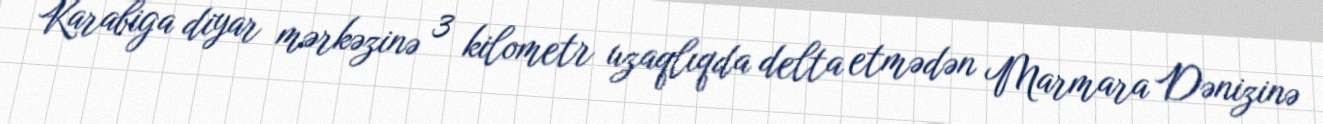
Karabiga diyar mərkəzinə 3 kilometr uzaqlıqda delta etmədən Marmara Dənizinə